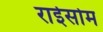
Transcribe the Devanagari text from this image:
राईसोम